Punjab Mental Hospital Lahore 1922-31 - 1922-1931
Year: 1922
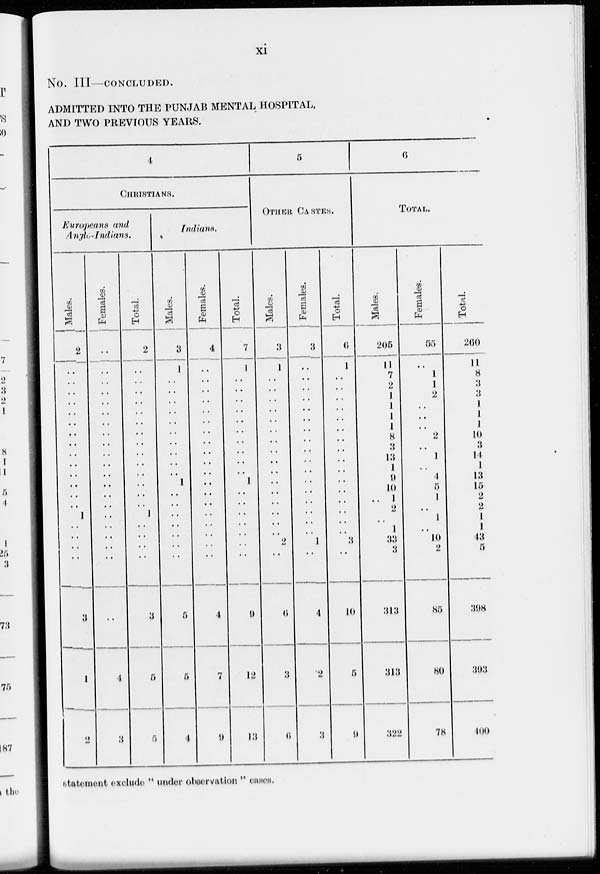
xi
No. III—CONCLUDED.
ADMITTED INTO THE PUNJAB MENTAL HOSPITAL
AND TWO PREVIOUS YEARS.
4
CHRISTIANS.
Europeans and
Anglo-Indians.
Males.
2
..
..
..
..
..
..
..
..
..
..
..
..
..
..
1
..
..
..
..
3
1
2
Females.
..
..
..
..
..
..
..
..
..
..
..
..
..
..
..
..
..
..
..
..
..
4
3
Total.
2
..
..
..
..
..
..
..
..
..
..
..
..
..
..
1
..
..
..
..
3
5
5
Indians.
Males.
3
1
..
..
..
..
..
..
..
..
..
..
1
..
..
..
..
..
..
..
5
5
4
Females.
4
..
..
..
..
..
..
..
..
..
..
..
..
..
..
..
..
..
..
..
4
7
9
Total.
7
1
..
..
..
..
..
..
..
..
..
..
1
..
..
..
..
..
..
..
9
12
13
5
OTHER CASTES.
Males.
3
1
..
..
..
..
..
..
..
..
..
..
..
..
..
..
..
..
2
..
6
3
6
Females.
3
..
..
..
..
..
..
..
..
..
..
..
..
..
..
..
..
..
1
..
4
2
3
Total.
6
1
..
..
..
..
..
..
..
..
..
..
..
..
..
..
..
..
3
..
10
5
9
6
TOTAL.
Males.
205
11
7
2
1
1
1
1
8
3
13
1
9
10
.. 1
2
..
1
33
3
313
313
322
Females.
55
..
1
1
2
..
..
..
2
...
1
..
4
5
1
..
1
..
10
2
85
80
78
Total.
260
11
8
3
3
1
1
1
10
3
14
1
13
15
2
2
1
1
43
5
398
393
400
statement exclude " under observation " cases.